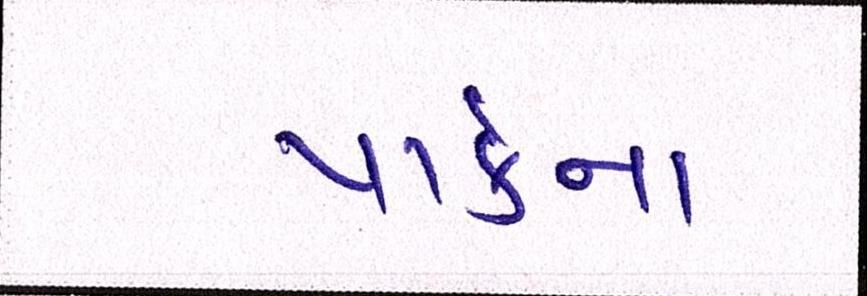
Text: પાર્કના